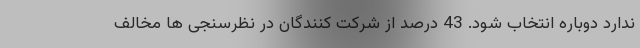
ندارد دوباره انتخاب شود. 43 درصد از شرکت کنندگان در نظرسنجی ها مخالف